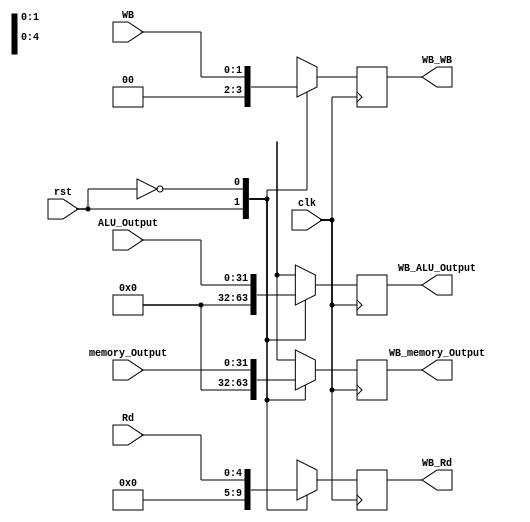
module MEM_WB( WB_WB, WB_memory_Output, WB_ALU_Output, WB_Rd
              ,   WB,    memory_Output,    ALU_Output,    Rd, clk,rst);
   
   input clk,rst;
   input [31:0] ALU_Output, memory_Output;
   input [4:0] Rd;
   input [1:0] WB;
    
   output reg [31:0] WB_ALU_Output, WB_memory_Output;
   output reg [4:0] WB_Rd;
   output reg [1:0] WB_WB;

  always @(negedge clk)begin
    case (rst)
    1'b1  : begin
		           WB_ALU_Output<=0;
               WB_memory_Output<=0;
               WB_Rd<=0;
               WB_WB<=0;
             end
     
    1'b0 : begin
	           WB_ALU_Output<=ALU_Output;
             WB_memory_Output<=memory_Output;
             WB_Rd<=Rd;
             WB_WB<=WB;
          end
    endcase
  end
endmodule